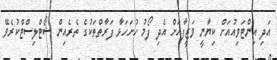
އަދި އިންޓަވިއުއަށް ކިޔާނީ ވަޒީފާއަށް އެދި ފޯމު ހުށަހަޅާ ފަރާތްތަކުގެ ތެރެއިން ޝޯޓްލިސްޓްކުރެވޭ